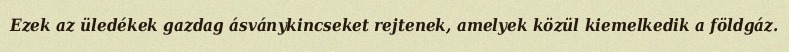
Ezek az üledékek gazdag ásványkincseket rejtenek, amelyek közül kiemelkedik a földgáz.